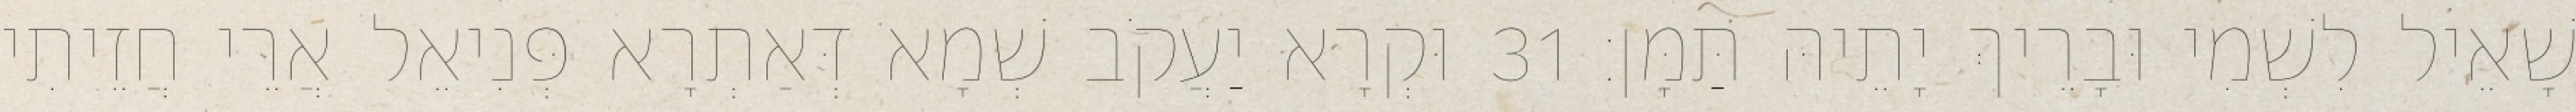
שָׁאֵיל לִשְׁמִי וּבָרֵיךְ יָתֵיהּ תַּמָּן׃ 31 וּקְרָא יַעֲקֹב שְׁמָא דְּאַתְרָא פְּנִיאֵל אֲרֵי חֲזֵיתִי